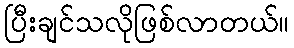
ပြီးချင်သလိုဖြစ်လာတယ်။